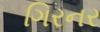
ગિરનર